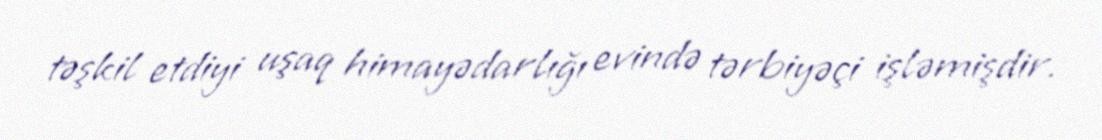
təşkil etdiyi uşaq himayədarlığı evində tərbiyəçi işləmişdir.